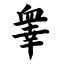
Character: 睾